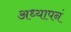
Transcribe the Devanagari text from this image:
अध्यापनं